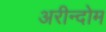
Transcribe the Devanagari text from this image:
अरीन्दोम